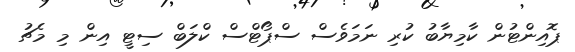
ޕޮއިންޓުން ކާމިޔާބު ކުރި ނަމަވެސް ސްޕޯޓްސް ކްލަބް ސިޓީ އިން މި މެޗު